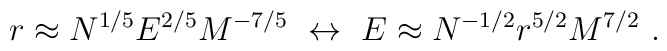
r \approx N^{1/5} E^{2/5} M^{-7/5} \ \leftrightarrow\ E \approx  N^{-1/2} r^{5/2} M^{7/2}\ .